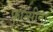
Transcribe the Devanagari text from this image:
फ्रान्सीना